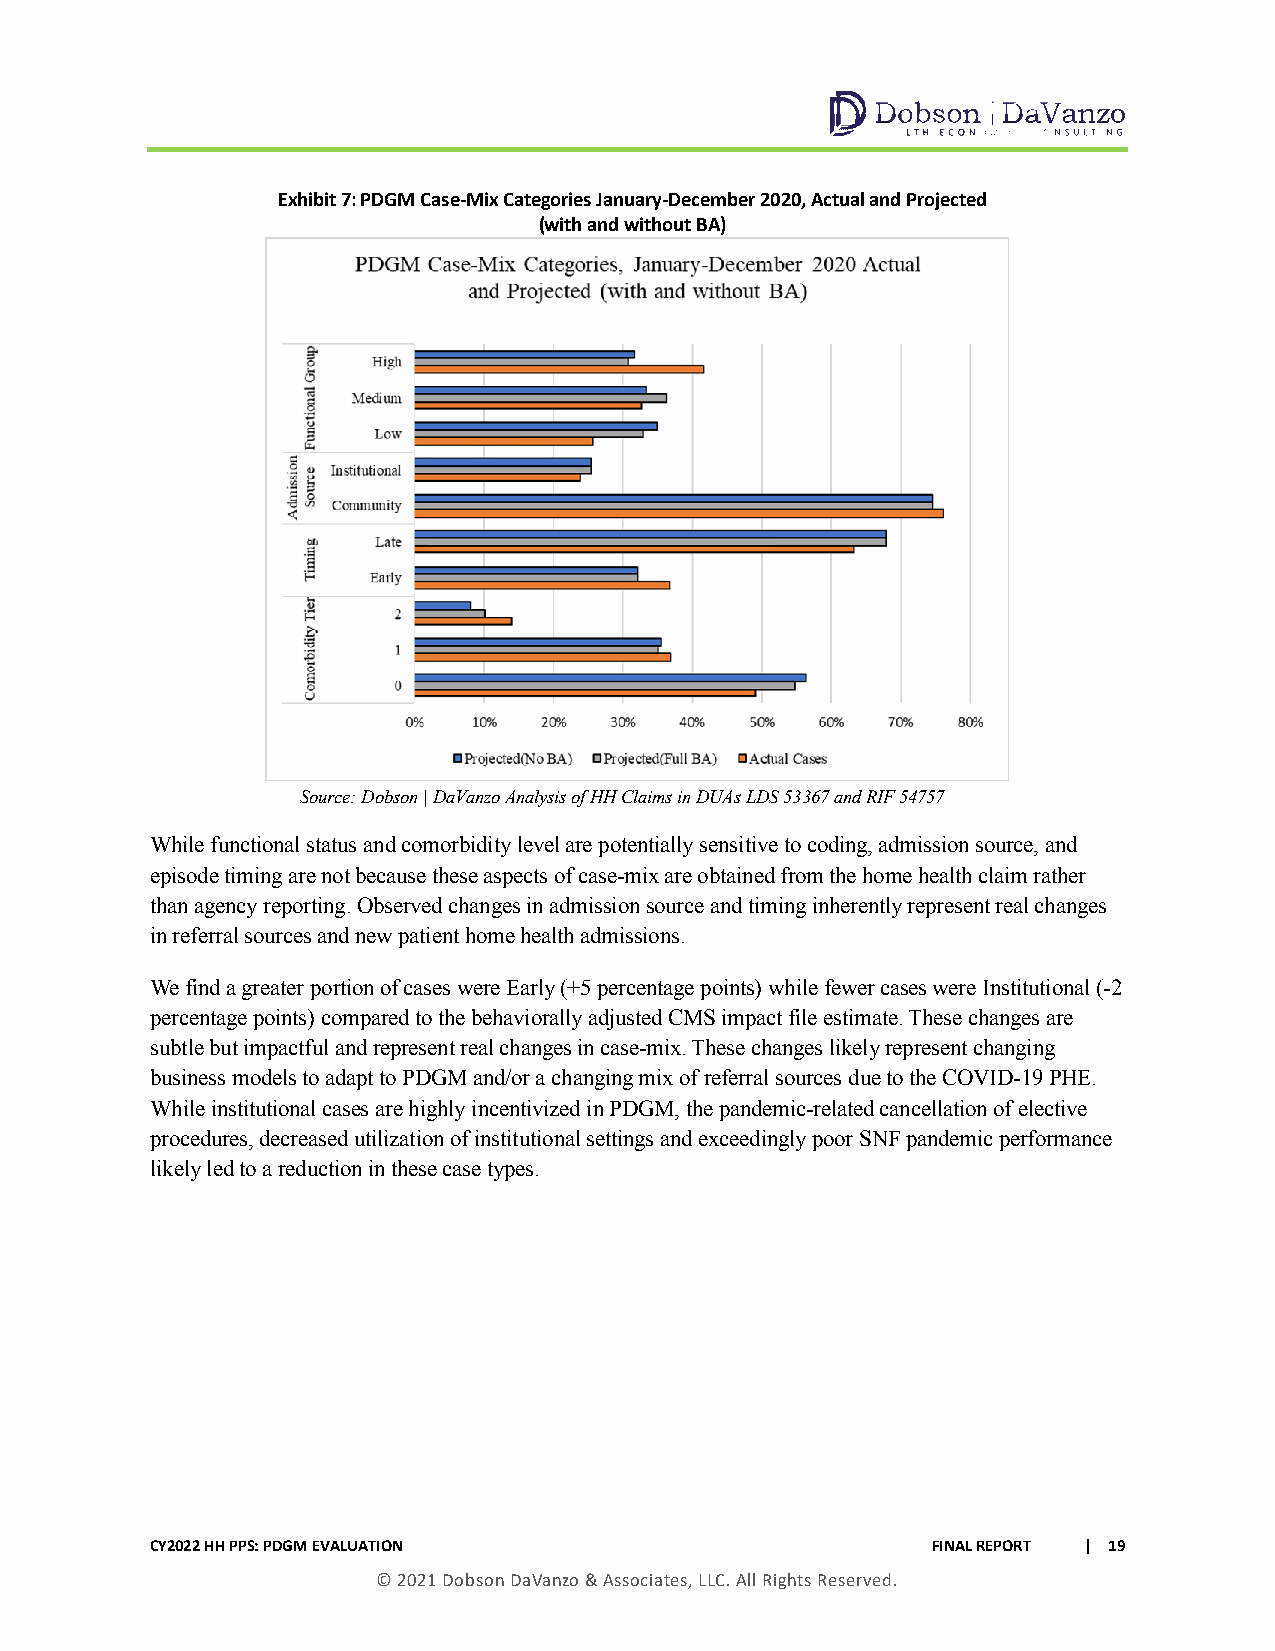
Exhibit 7: PDGM Case-Mix Categories January-December 2020, Actual and Projected
 (with and without BA)
 Source: Dobson | DaVanzo Analysis of HH Claims in DUAs LDS 53367 and RIF 54757
 While functional status and comorbidity level are potentially sensitive to coding, admission source, and
 episode timing are not because these aspects of case-mix are obtained from the home health claim rather
 than agency reporting. Observed changes in admission source and timing inherently represent real changes
 in referral sources and new patient home health admissions.
 We find a greater portion of cases were Early (+5 percentage points) while fewer cases were Institutional (-2
 percentage points) compared to the behaviorally adjusted CMS impact file estimate. These changes are
 subtle but impactful and represent real changes in case-mix. These changes likely represent changing
 business models to adapt to PDGM and/or a changing mix of referral sources due to the COVID-19 PHE.
 While institutional cases are highly incentivized in PDGM, the pandemic-related cancellation of elective
 procedures, decreased utilization of institutional settings and exceedingly poor SNF pandemic performance
 likely led to a reduction in these case types.
 CY2022 HH PPS: PDGM EVALUATION                      FINAL REPORT | 19
 © 2021 Dobson DaVanzo & Associates, LLC. All Rights Reserved.